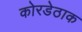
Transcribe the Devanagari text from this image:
कोरडेठाक